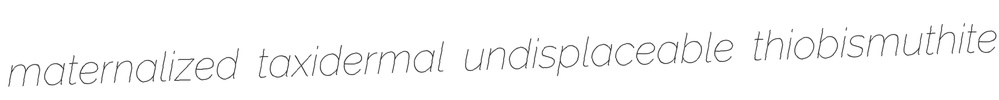
maternalized taxidermal undisplaceable thiobismuthite